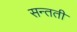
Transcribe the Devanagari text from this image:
सन्तती